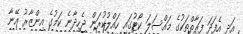
އަދި އެފަދަ ފަރާތްތަކުގެ މައްސަލަ ކޯޓުގައި ހައްލުކުރަން ޖެހިދާނެ ކަމުގެ އިންޒާރު އޭނާ